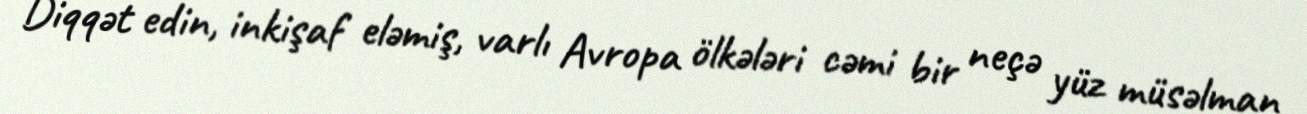
Diqqət edin, inkişaf eləmiş, varlı Avropa ölkələri cəmi bir neçə yüz müsəlman